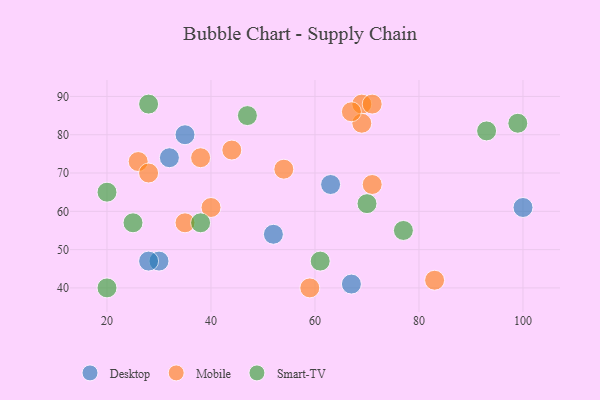
{"axis": {"x": "GDP", "y": "Life Expectancy"}, "legend": ["Desktop", "Mobile", "Smart-TV"], "data": [{"x": "52", "y": 54, "type": "Desktop"}, {"x": "35", "y": 80, "type": "Desktop"}, {"x": "30", "y": 47, "type": "Desktop"}, {"x": "28", "y": 47, "type": "Desktop"}, {"x": "32", "y": 74, "type": "Desktop"}, {"x": "63", "y": 67, "type": "Desktop"}, {"x": "67", "y": 41, "type": "Desktop"}, {"x": "100", "y": 61, "type": "Desktop"}, {"x": "38", "y": 74, "type": "Mobile"}, {"x": "83", "y": 42, "type": "Mobile"}, {"x": "40", "y": 61, "type": "Mobile"}, {"x": "69", "y": 88, "type": "Mobile"}, {"x": "59", "y": 40, "type": "Mobile"}, {"x": "26", "y": 73, "type": "Mobile"}, {"x": "71", "y": 88, "type": "Mobile"}, {"x": "69", "y": 83, "type": "Mobile"}, {"x": "71", "y": 67, "type": "Mobile"}, {"x": "28", "y": 70, "type": "Mobile"}, {"x": "54", "y": 71, "type": "Mobile"}, {"x": "35", "y": 57, "type": "Mobile"}, {"x": "67", "y": 86, "type": "Mobile"}, {"x": "44", "y": 76, "type": "Mobile"}, {"x": "77", "y": 55, "type": "Smart-TV"}, {"x": "20", "y": 40, "type": "Smart-TV"}, {"x": "38", "y": 57, "type": "Smart-TV"}, {"x": "61", "y": 47, "type": "Smart-TV"}, {"x": "20", "y": 65, "type": "Smart-TV"}, {"x": "25", "y": 57, "type": "Smart-TV"}, {"x": "70", "y": 62, "type": "Smart-TV"}, {"x": "28", "y": 88, "type": "Smart-TV"}, {"x": "47", "y": 85, "type": "Smart-TV"}, {"x": "93", "y": 81, "type": "Smart-TV"}, {"x": "99", "y": 83, "type": "Smart-TV"}]}